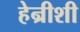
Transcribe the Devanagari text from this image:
हेन्रीशी